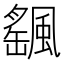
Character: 颻